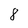
Character: 8